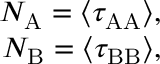
\begin{array} { r } { N _ { \mathrm { A } } = \langle \tau _ { \mathrm { A A } } \rangle , } \\ { N _ { \mathrm { B } } = \langle \tau _ { \mathrm { B B } } \rangle , } \end{array}